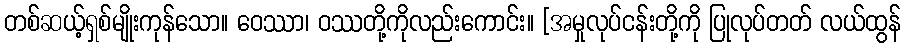
တစ်ဆယ့်ရှစ်မျိုးကုန်သော။ ဝေဿာ၊ ဝဿတို့ကိုလည်းကောင်း။ [အမှုလုပ်ငန်းတို့ကို ပြုလုပ်တတ် လယ်ထွန်